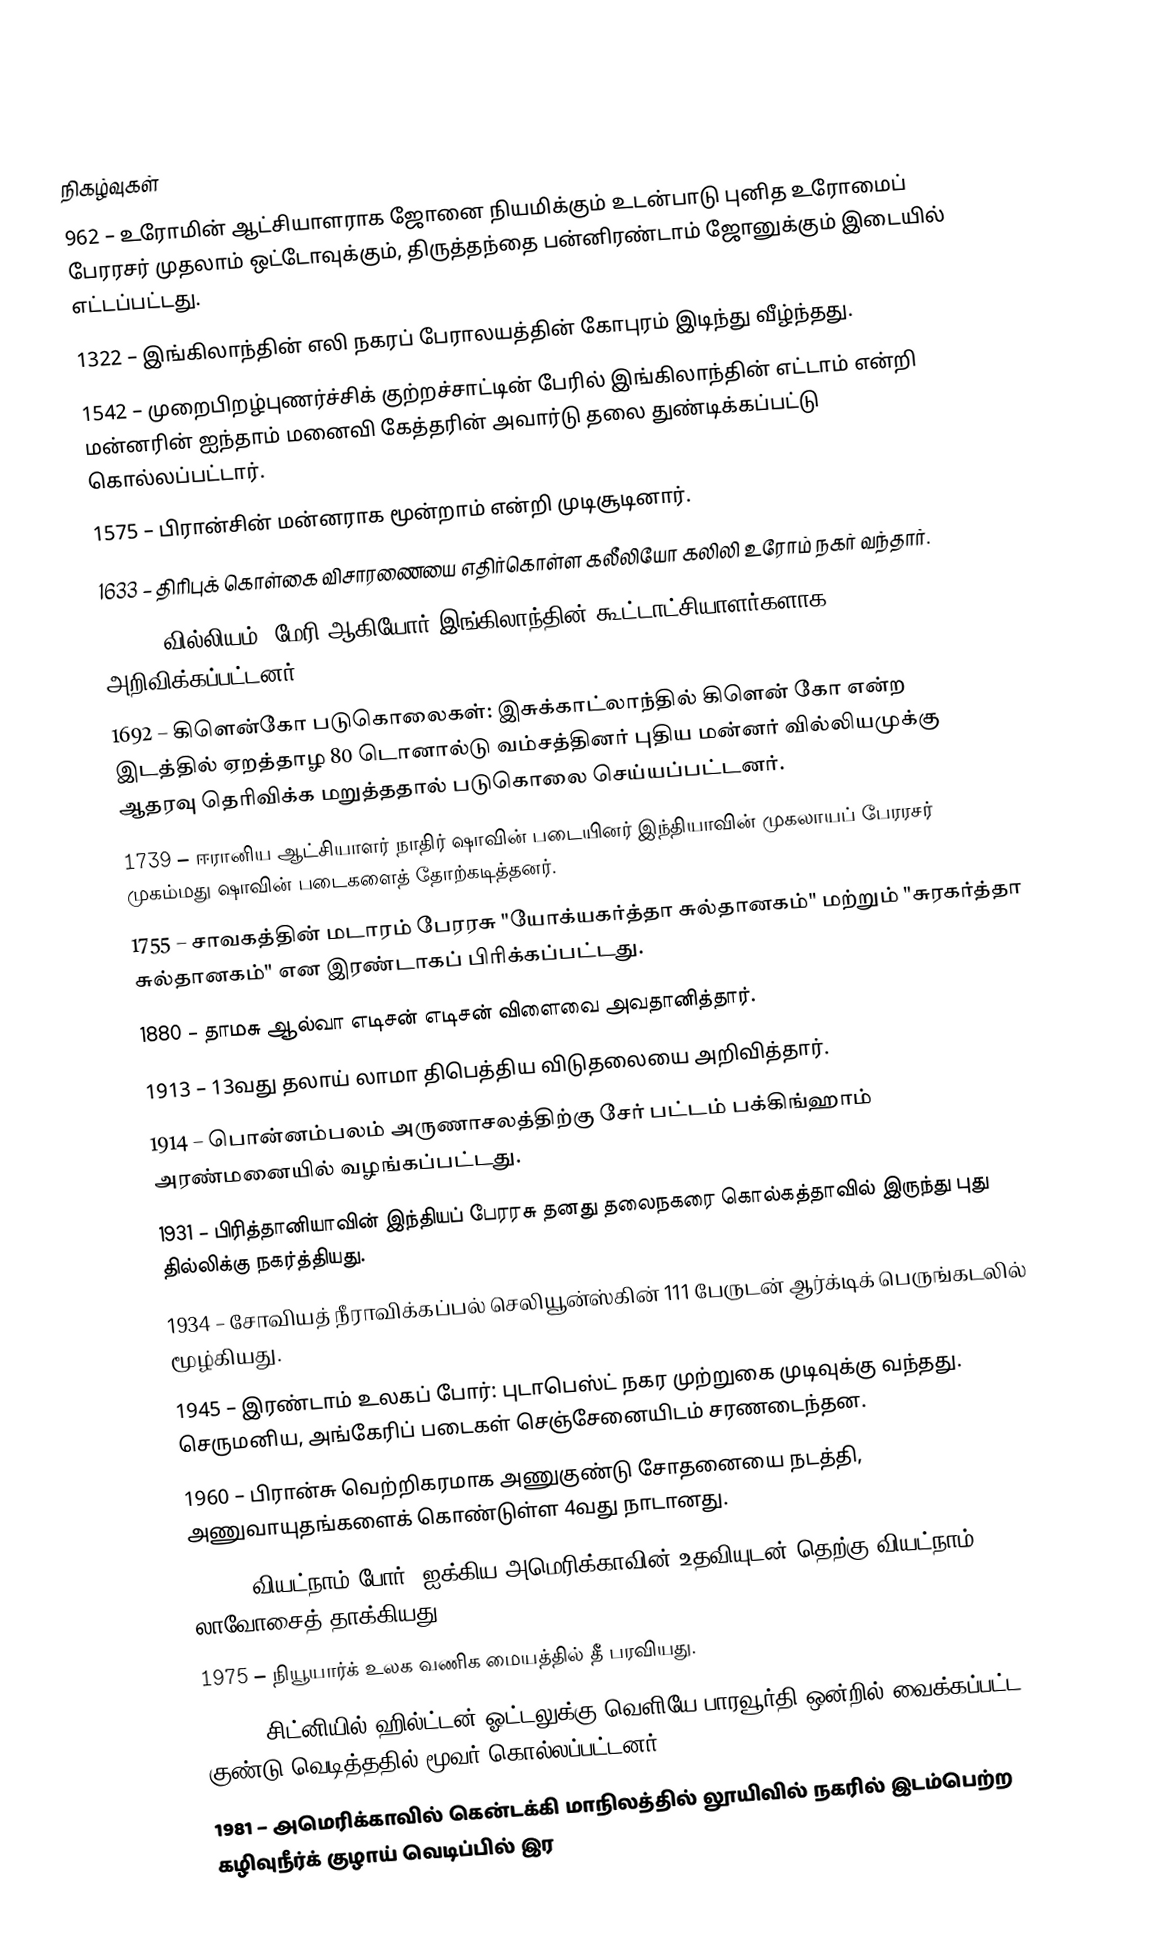

நிகழ்வுகள்
 962 – உரோமின் ஆட்சியாளராக ஜோனை நியமிக்கும் உடன்பாடு புனித உரோமைப் பேரரசர் முதலாம் ஒட்டோவுக்கும், திருத்தந்தை பன்னிரண்டாம் ஜோனுக்கும் இடையில் எட்டப்பட்டது.
1322 – இங்கிலாந்தின் எலி நகரப் பேராலயத்தின் கோபுரம் இடிந்து வீழ்ந்தது.
1542 – முறைபிறழ்புணர்ச்சிக் குற்றச்சாட்டின் பேரில் இங்கிலாந்தின் எட்டாம் என்றி மன்னரின் ஐந்தாம் மனைவி கேத்தரின் அவார்டு தலை துண்டிக்கப்பட்டு கொல்லப்பட்டார்.
1575 – பிரான்சின் மன்னராக மூன்றாம் என்றி முடிசூடினார்.
1633 – திரிபுக் கொள்கை விசாரணையை எதிர்கொள்ள கலீலியோ கலிலி உரோம் நகர் வந்தார்.
1689 – வில்லியம், மேரி ஆகியோர் இங்கிலாந்தின் கூட்டாட்சியாளர்களாக அறிவிக்கப்பட்டனர்.
1692 – கிளென்கோ படுகொலைகள்: இசுக்காட்லாந்தில் கிளென் கோ என்ற இடத்தில் ஏறத்தாழ 80 டொனால்டு வம்சத்தினர் புதிய மன்னர் வில்லியமுக்கு ஆதரவு தெரிவிக்க மறுத்ததால் படுகொலை செய்யப்பட்டனர்.
1739 – ஈரானிய ஆட்சியாளர் நாதிர் ஷாவின் படையினர் இந்தியாவின் முகலாயப் பேரரசர் முகம்மது ஷாவின் படைகளைத் தோற்கடித்தனர்.
1755 – சாவகத்தின் மடாரம் பேரரசு "யோக்யகர்த்தா சுல்தானகம்" மற்றும் "சுரகர்த்தா சுல்தானகம்" என இரண்டாகப் பிரிக்கப்பட்டது.
1880 – தாமசு ஆல்வா எடிசன் எடிசன் விளைவை அவதானித்தார்.
1913 – 13வது தலாய் லாமா திபெத்திய விடுதலையை அறிவித்தார்.
1914 – பொன்னம்பலம் அருணாசலத்திற்கு சேர் பட்டம் பக்கிங்ஹாம் அரண்மனையில் வழங்கப்பட்டது.
1931 – பிரித்தானியாவின் இந்தியப் பேரரசு தனது தலைநகரை கொல்கத்தாவில் இருந்து புது தில்லிக்கு நகர்த்தியது.
1934 – சோவியத் நீராவிக்கப்பல் செலியூன்ஸ்கின் 111 பேருடன் ஆர்க்டிக் பெருங்கடலில் மூழ்கியது.
1945 – இரண்டாம் உலகப் போர்: புடாபெஸ்ட் நகர முற்றுகை முடிவுக்கு வந்தது. செருமனிய, அங்கேரிப் படைகள் செஞ்சேனையிடம் சரணடைந்தன.
1960 – பிரான்சு வெற்றிகரமாக அணுகுண்டு சோதனையை நடத்தி, அணுவாயுதங்களைக் கொண்டுள்ள 4வது நாடானது.
1971 – வியட்நாம் போர்: ஐக்கிய அமெரிக்காவின் உதவியுடன் தெற்கு வியட்நாம் லாவோசைத் தாக்கியது.
1975 – நியூயார்க் உலக வணிக மையத்தில் தீ பரவியது.
1978 – சிட்னியில் ஹில்ட்டன் ஓட்டலுக்கு வெளியே பாரவூர்தி ஒன்றில் வைக்கப்பட்ட குண்டு வெடித்ததில் மூவர் கொல்லப்பட்டனர்.
1981 – அமெரிக்காவில் கென்டக்கி மாநிலத்தில் லூயிவில் நகரில் இடம்பெற்ற கழிவுநீர்க் குழாய் வெடிப்பில்  இர